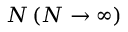
N \left( N \rightarrow \infty \right)